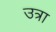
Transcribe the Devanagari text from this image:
उत्रा